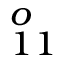
_ { 1 1 } ^ { o }